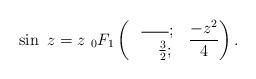
LaTeX: \begin{align*}\sin~z=z~{}_{0}F_{1}\left(\ \begin{array}{lll}\overline{~~~~~};~\\ ~~~\frac{3}{2};~\end{array} \frac{-z^{2}}{4}\right).\end{align*}